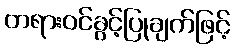
တရားဝင်ခွင့်ပြုချက်ဖြင့်